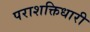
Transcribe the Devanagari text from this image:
पराशक्तिधारी